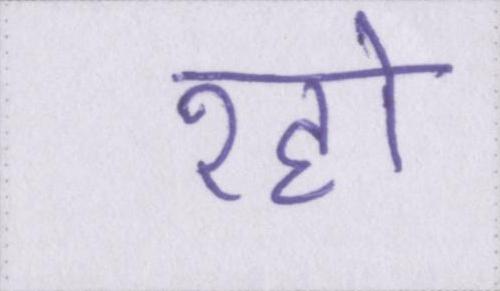
रहो